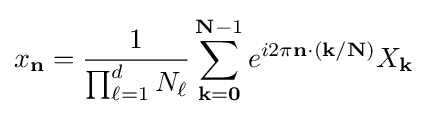
x_{\mathbf {n} }={\frac {1}{\prod _{\ell =1}^{d}N_{\ell }}}\sum _{\mathbf {k} =\mathbf {0} }^{\mathbf {N} -1}e^{i2\pi \mathbf {n} \cdot (\mathbf {k} /\mathbf {N} )}X_{\mathbf {k} }